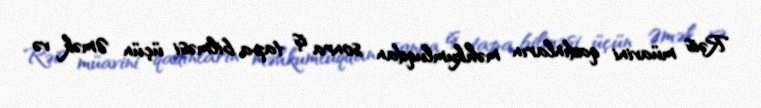
Rəis müavini qadınların məhkumluqdan sonra iş tapa bilməsi üçün Əmək və